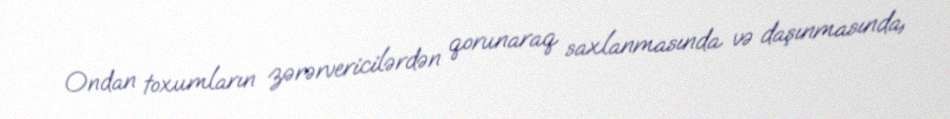
Ondan toxumların zərərvericilərdən qorunaraq saxlanmasında və daşınmasında,